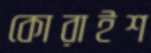
কোরাইশ